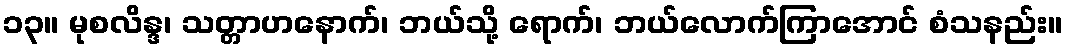
၁၃။ မုစလိန္ဒ၊ သတ္တာဟနောက်၊ ဘယ်သို့ ရောက်၊ ဘယ်လောက်ကြာအောင် စံသနည်း။